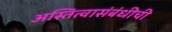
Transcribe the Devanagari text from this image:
अस्तित्वासंबंधीची